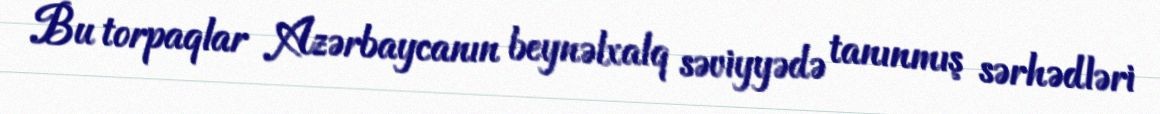
Bu torpaqlar Azərbaycanın beynəlxalq səviyyədə tanınmış sərhədləri